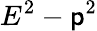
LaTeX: E^{2}-\mathsf{p}^{2}